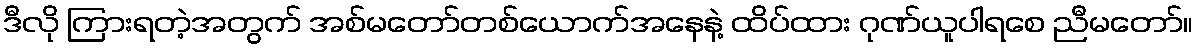
ဒီလို ကြားရတဲ့အတွက် အစ်မတော်တစ်ယောက်အနေနဲ့ ထိပ်ထား ဂုဏ်ယူပါရစေ ညီမတော်။